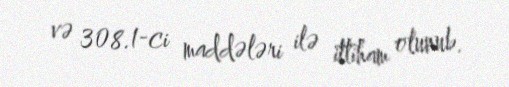
və 308.1-ci maddələri ilə ittiham olunub.